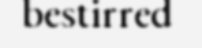
bestirred